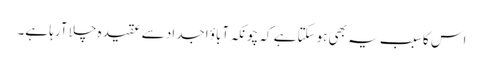
اس کا سبب یہ بھی ہوسکتا ہے کہ چونکہ آباؤ اجداد سے عقیدہ چلا آرہا ہے۔